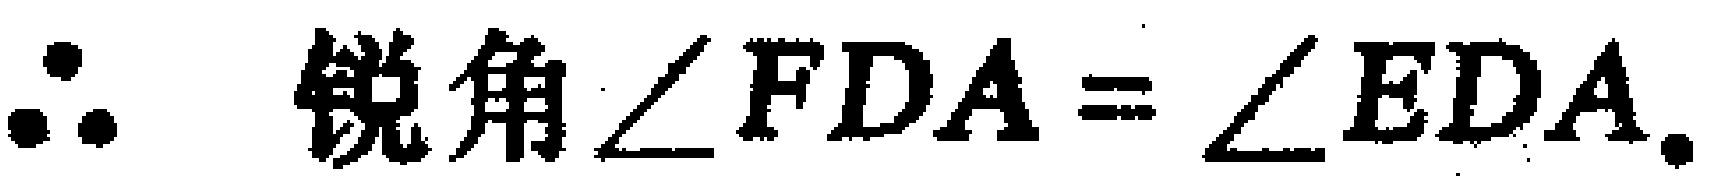
$\therefore \text{ 锐角} \angle FDA = \angle EDA.$